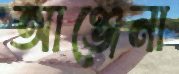
আঞ্জেনা